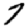
Digit: 7